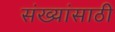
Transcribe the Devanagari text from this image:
संख्यांसाठी